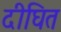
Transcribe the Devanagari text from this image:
दीघित